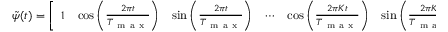
\begin{array} { r } { \Tilde { \psi } ( t ) = \left[ \begin{array} { l l l l l l } { 1 } & { \cos { \left( \frac { 2 \pi t } { T _ { \mathrm { ~ m ~ a ~ x ~ } } } \right) } } & { \sin { \left( \frac { 2 \pi t } { T _ { \mathrm { ~ m ~ a ~ x ~ } } } \right) } } & { \cdots } & { \cos { \left( \frac { 2 \pi K t } { T _ { \mathrm { ~ m ~ a ~ x ~ } } } \right) } } & { \sin { \left( \frac { 2 \pi K t } { T _ { \mathrm { ~ m ~ a ~ x ~ } } } \right) } } \end{array} \right] ^ { T } . } \end{array}